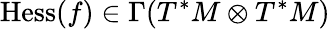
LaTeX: \operatorname{Hess}(f)\in\Gamma(T^{*}M\otimes T^{*}M)